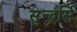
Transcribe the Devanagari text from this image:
सुन्दर्सि